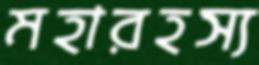
মহারহস্য